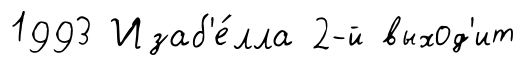
1993 Изаб'е́лла 2-й выход'ит